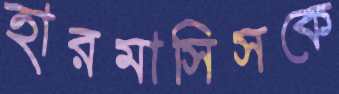
হারমাসিসকে